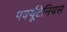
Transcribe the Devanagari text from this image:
पर्क्यूटेनियस